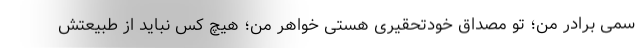
سمی برادر من؛ تو مصداق خودتحقیری هستی خواهر من؛ هیچ کس نباید از طبیعتش